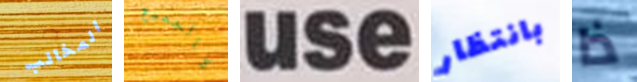
المخالب كالجميع use بانتظار ذا